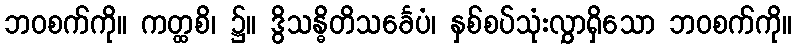
ဘဝစက်ကို။ ကတ္ထစိ၊ ၌။ ဒွိသန္ဓိတိသင်္ခေပံ၊ နှစ်စပ်သုံးလွှာရှိသော ဘဝစက်ကို။